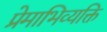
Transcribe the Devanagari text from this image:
प्रेमाभिव्यक्ति